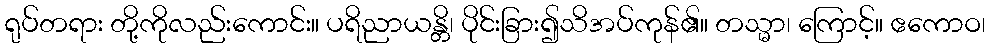
ရုပ်တရား တို့ကိုလည်းကောင်း။ ပရိညာယန္တိ၊ ပိုင်းခြား၍သိအပ်ကုန်၏။ တသ္မာ၊ ကြောင့်။ ဧကောဝ၊